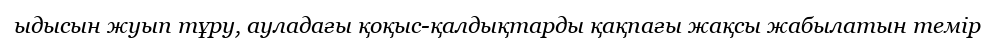
ыдысын жуып тұру, ауладағы қоқыс-қалдықтарды қақпағы жақсы жабылатын темір